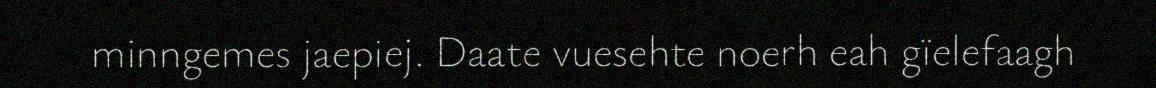
minngemes jaepiej. Daate vuesehte noerh eah gïelefaagh